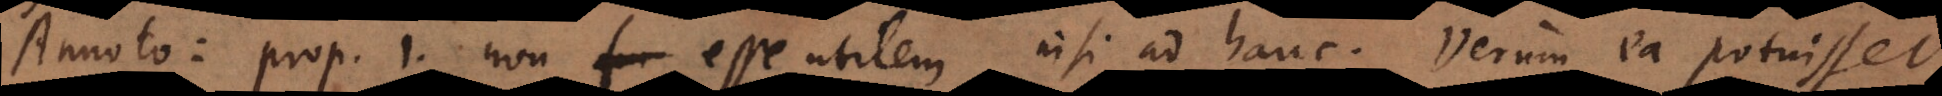
Annoto: prop. 1. non esse utilem nisi ad hanc. Verum ea potuisset